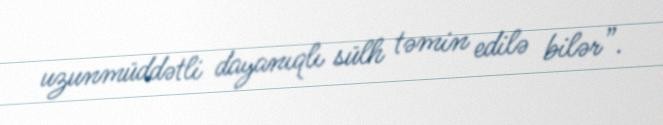
uzunmüddətli dayanıqlı sülh təmin edilə bilər”.